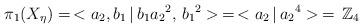
LaTeX: \begin{align*}\pi_1(X_{\eta}) & =\, <a_2, b_1 \,| \, b_{1}{a_{2}}^{2}, \, {b_{1}}^{2}> \,=\, <a_2\,|\, {a_{2}}^{4}> \, = \, \mathbb{Z}_{4} \end{align*}